Madras plague regulations and rules for district municipalities and other towns and villages
Disease focus: Plague
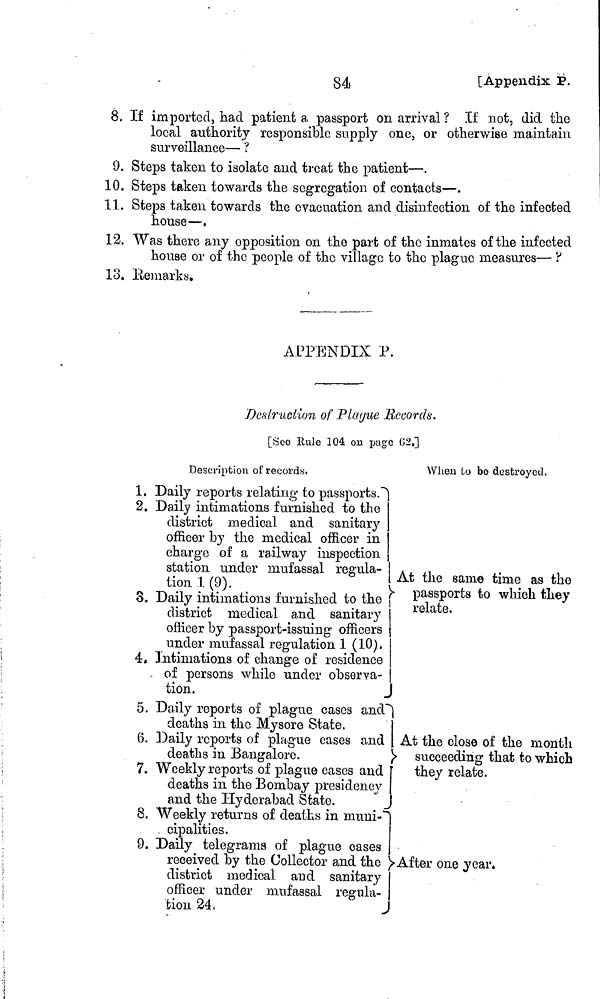
84
[Appendix P.
8. If imported, had patient a passport on arrival ? If not, did the
local authority responsible supply one, or otherwise maintain,
surveillance— ?
9. Steps taken to isolate and treat the patient—.
10. Steps taken towards the segregation of contacts—.
11. Steps taken, towards the evacuation and disinfection of the infected
house—.
12. Was there any opposition on the part of the inmates of the infected
house or of the people of the village to the plague measures— ?
13. Bemarks.
APPENDIX P.
Destruction of Plague Records.
[See Kule 104 on page 02.]
Description of records.
1. Daily reports relating to passports.
2. Daily intimations furnished to the
district medical and sanitary
officer by the medical officer in
charge of a railway inspection
station under mufassal regula-
tion 1 (9).
8. Daily intimations furnished to the
district medical and sanitary
officer by passport-issuing officers
under mufassal regulation 1 (10).
4* Intimations of change of residence
of persons while under observa-
tion.
5. Daily reports of plague cases and
deaths in the Mysore State.
6. Daily reports of plague cases and
deaths in Bangalore.
7. Weekly reports of plague cases and
deaths in the Bombay presidency
and the Hyderabad State.
8. Weekly returns of deaths in muni-
. cipalities.
9. Daily telegrams of plague cases
received by the Collector and the '
district medical and sanitary
officer under mufassal regula-
tion 24,
J
When to be destroyed.
At the same time as the
passports to which they
relate.
At the close of the month
succeeding that to which
they relate.
After one year.